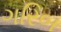
ગરિબ